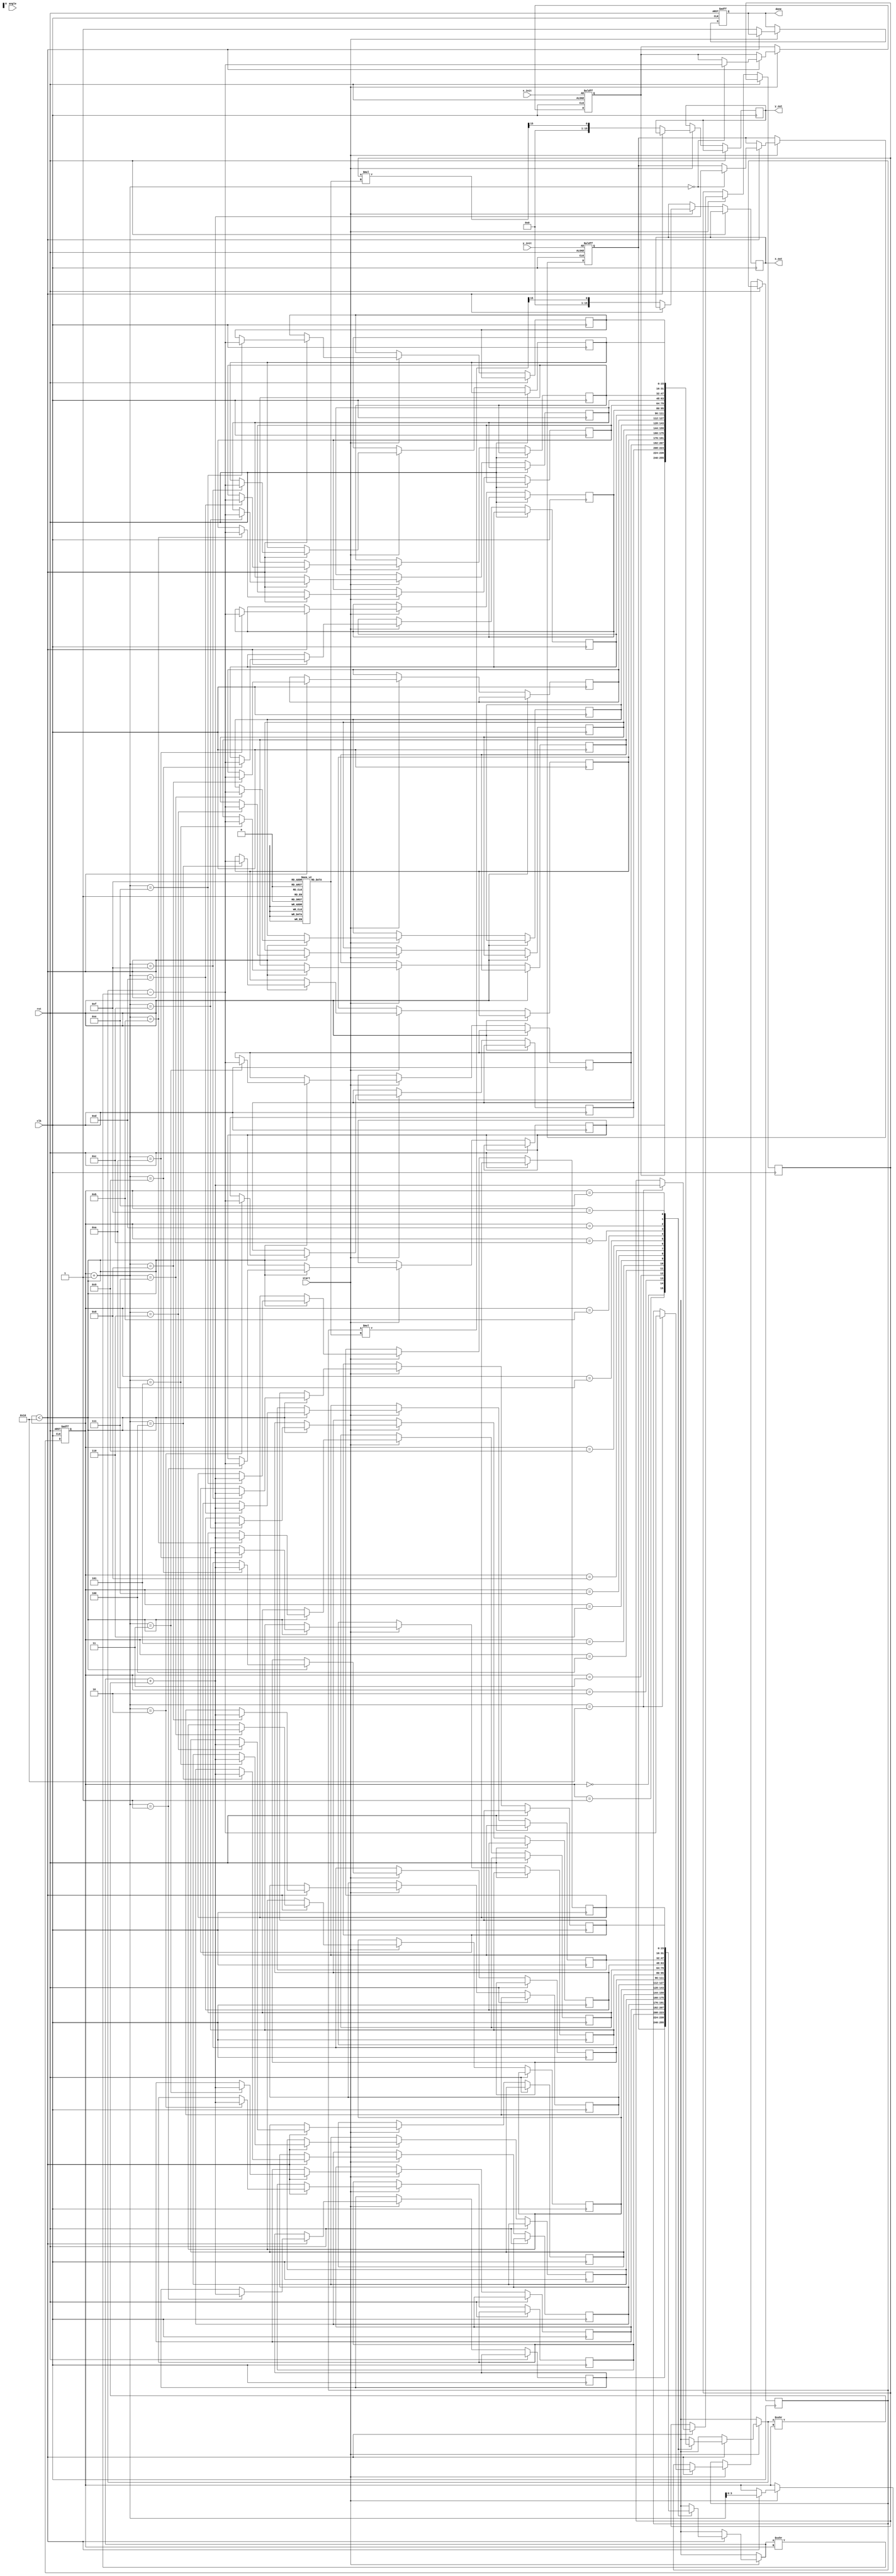
module cordic (
    input wire clk,
    input wire rst,
    input wire start,
    input wire [15:0] angle, // Input angle in fixed-point format
    input wire [15:0] x_init, // Initial x vector
    input wire [15:0] y_init, // Initial y vector
    output reg [15:0] x_out, // Output x (cosine)
    output reg [15:0] y_out, // Output y (sine)
    output reg done
);

    // Parameters
    parameter NUM_ITERATIONS = 16; // Number of iterations
    parameter ANGLE_LUT_SIZE = 16; // Size of angle LUT
    parameter SCALE_LUT_SIZE = 16; // Size of scaling factor LUT

    // Lookup tables
    reg [15:0] angle_lut [0:ANGLE_LUT_SIZE-1]; // Angle LUT
    reg [15:0] scale_lut [0:SCALE_LUT_SIZE-1]; // Scaling factor LUT

    // Internal signals
    reg [15:0] x [0:NUM_ITERATIONS]; // x values for each iteration
    reg [15:0] y [0:NUM_ITERATIONS]; // y values for each iteration
    reg [3:0] iteration; // Current iteration index
    reg [15:0] current_angle; // Current angle
    reg direction; // Rotation direction

    // Initialization of LUTs
    initial begin
        // Populate angle LUT with precomputed arctangent values (in fixed-point)
        angle_lut[0] = 16'h0000; // atan(0)
        angle_lut[1] = 16'h1C71; // atan(1/2^1)
        angle_lut[2] = 16'h1A62; // atan(1/2^2)
        angle_lut[3] = 16'h186A; // atan(1/2^3)
        angle_lut[4] = 16'h1780; // atan(1/2^4)
        angle_lut[5] = 16'h16C3; // atan(1/2^5)
        angle_lut[6] = 16'h162E; // atan(1/2^6)
        angle_lut[7] = 16'h1593; // atan(1/2^7)
        angle_lut[8] = 16'h1500; // atan(1/2^8)
        angle_lut[9] = 16'h1480; // atan(1/2^9)
        angle_lut[10] = 16'h1400; // atan(1/2^10)
        angle_lut[11] = 16'h1380; // atan(1/2^11)
        angle_lut[12] = 16'h1300; // atan(1/2^12)
        angle_lut[13] = 16'h1280; // atan(1/2^13)
        angle_lut[14] = 16'h1200; // atan(1/2^14)
        angle_lut[15] = 16'h1180; // atan(1/2^15)

        // Populate scale LUT with scaling factors
        scale_lut[0] = 16'h1C74; // Scaling factor for 0 iterations
        scale_lut[1] = 16'h1B7D; // Scaling factor for 1 iteration
        scale_lut[2] = 16'h1A7D; // Scaling factor for 2 iterations
        scale_lut[3] = 16'h197E; // Scaling factor for 3 iterations
        scale_lut[4] = 16'h187F; // Scaling factor for 4 iterations
        scale_lut[5] = 16'h1780; // Scaling factor for 5 iterations
        scale_lut[6] = 16'h1681; // Scaling factor for 6 iterations
        scale_lut[7] = 16'h1582; // Scaling factor for 7 iterations
        scale_lut[8] = 16'h1483; // Scaling factor for 8 iterations
        scale_lut[9] = 16'h1384; // Scaling factor for 9 iterations
        scale_lut[10] = 16'h1285; // Scaling factor for 10 iterations
        scale_lut[11] = 16'h1186; // Scaling factor for 11 iterations
        scale_lut[12] = 16'h1087; // Scaling factor for 12 iterations
        scale_lut[13] = 16'h0F88; // Scaling factor for 13 iterations
        scale_lut[14] = 16'h0E89; // Scaling factor for 14 iterations
        scale_lut[15] = 16'h0D8A; // Scaling factor for 15 iterations
    end

    // State machine for CORDIC operation
    always @(posedge clk or posedge rst) begin
        if (rst) begin
            iteration <= 0;
            x[0] <= x_init;
            y[0] <= y_init;
            current_angle <= angle;
            done <= 0;
        end else if (start) begin
            if (iteration < NUM_ITERATIONS) begin
                // Determine direction based on current angle
                direction <= (current_angle < 0) ? 1'b1 : 1'b0;

                // Update the angle
                if (direction) begin
                    current_angle <= current_angle + angle_lut[iteration];
                end else begin
                    current_angle <= current_angle - angle_lut[iteration];
                end

                // Perform CORDIC rotation equations
                x[iteration + 1] <= x[iteration] - (direction ? (y[iteration] >>> iteration) : (y[iteration] >>> iteration));
                y[iteration + 1] <= y[iteration] + (direction ? (x[iteration] >>> iteration) : (x[iteration] >>> iteration));

                // Increment iteration
                iteration <= iteration + 1;
            end else begin
                // Scaling the output
                x_out <= x[NUM_ITERATIONS] * scale_lut[NUM_ITERATIONS-1] >>> 15; // Adjust for fixed-point
                y_out <= y[NUM_ITERATIONS] * scale_lut[NUM_ITERATIONS-1] >>> 15; // Adjust for fixed-point
                done <= 1;
            end
        end
    end
endmodule